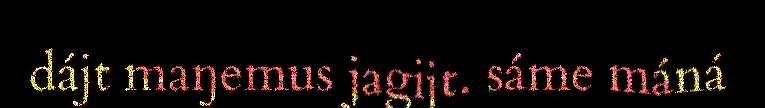
dájt maŋemus jagijt. sáme máná